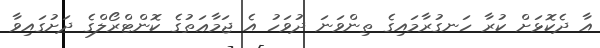
އާ ދެކޮޅަށް ކުރާ ހަނގުރާމައިގެ ތިންވަނަ ދުވަހު އެ ޖަމާޢަތުގެ ކޮންޓްރޯލްގެ ދަށުގައިވާ